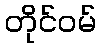
တိုင်ဝမ်